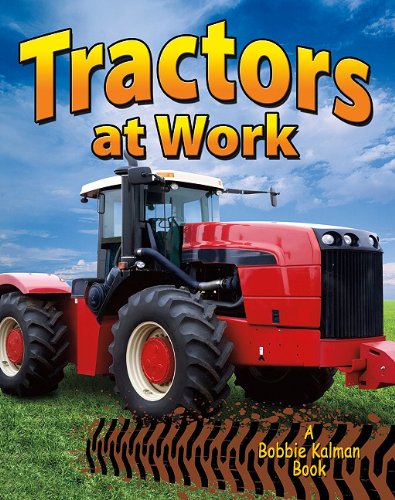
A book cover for Tractors at Work (Vehicles on the Move); Lynn Peppas; Children's Books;